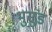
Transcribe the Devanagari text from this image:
भुसुंड